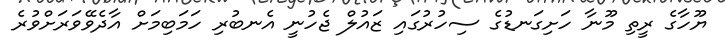
ޔޫހާގެ ރީތި މޫނާ ހަށިގަނޑުގެ ސިހުރުގައި ޒައުލް ޖެހުނީ އެނބުރި ހަމަބިމަށް އާދެވޭވަރަށްވުރެ